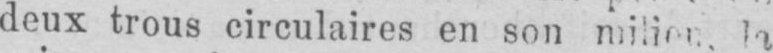
deux trous circulaires en son milieu, la